system: You are a helpful assistant.
user:
Analyze the provided spectrum to determine if it is a **"Cataclysmic Variables (CV)"**.

- **Key Indicators for CV (Check for either state):**
    - **State 1: Quiescent / Low-State (Emission-Dominated)**
        - **(Primary):** Strong and *very broad* Hydrogen Balmer emission lines (e.g., $H\alpha$ at 6563 Å, $H\beta$ at 4861 Å). The 'broadness' (high velocity dispersion, often FWHM > 1000 km/s) is the key diagnostic, indicating a high-velocity accretion disk.
        - **(Secondary):** Broad neutral Helium (He I) emission lines (e.g., 5876 Å, 6678 Å).
        - **(Key Confirmation):** Presence of high-excitation *ionized* Helium (He II) emission at 4686 Å. This is a strong indicator of accretion onto a white dwarf.
        - **(Line Profile):** Emission lines may exhibit a 'double-peaked' profile, which is a classic signature of a rotating accretion disk viewed at high inclination.

    - **State 2: Outburst / High-State (Absorption-Dominated)**
        - **(Primary):** Spectrum is dominated by a bright, blue continuum (looks like a hot star).
        - **(Secondary):** The emission lines from State 1 are weak, absent, or 'filled in', and are replaced by broad, shallow *absorption* lines (primarily Balmer and He I).
        - **(Morphology):** The overall spectrum mimics a hot B/A-type star. The crucial difference is that the absorption lines are significantly broader, shallower, and more 'washed-out' (or 'smeared') than the sharp lines of a normal stellar photosphere, due to high rotational speeds and pressure broadening in the disk.

Think first, call **spectral_visualization_tool** if needed to examine features in detail, then provide your final answer. Your response must adhere to the following strict rules:
1.  **Overall Structure:** Your response must follow the format `<think>...</think> <tool_call>...</tool_call> (if a tool is used) <answer>...</answer>`.
2.  **Tool Usage Constraint:** You may only make **one** tool call per turn.
3.  **Final Answer Format:** In the `<answer>` tag, your conclusion must be inside a `\boxed{}` command (e.g., `\boxed{YES}`), followed by your justification.

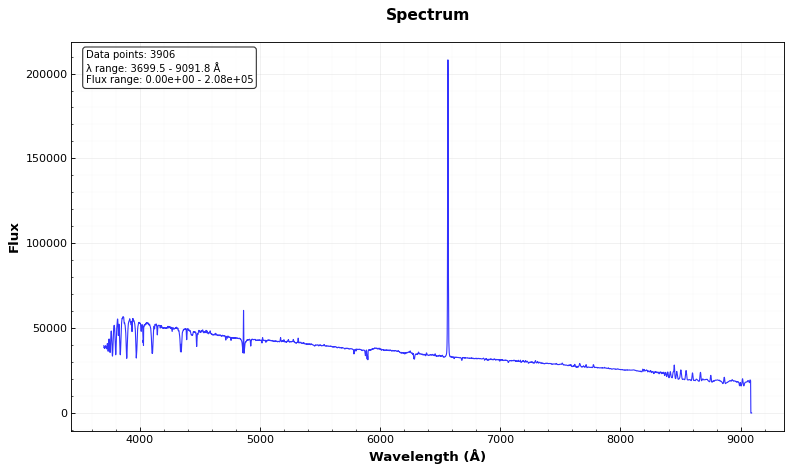
Answer: NO